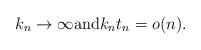
\begin{align*}k_n\to\infty\mbox{and} k_n t_n = o(n).\end{align*}